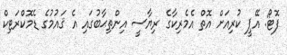
ފޮޓޯ: އޭޕީ ކުރިއަށް އޮތް އެމެރިކާގެ ރިޔާސީ އިންތިޙާބުގައި އެ ޤައުމުގެ ޑެމޮކްރަޓިކް